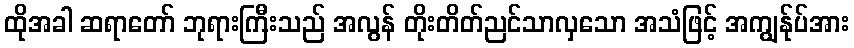
ထိုအခါ ဆရာတော် ဘုရားကြီးသည် အလွန် တိုးတိတ်ညင်သာလှသော အသံဖြင့် အကျွန်ုပ်အား